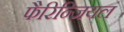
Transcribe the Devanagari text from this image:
फैरिन्जियल